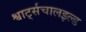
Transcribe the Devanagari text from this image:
श्वार्ट्सचालइल्ड